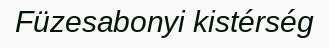
Füzesabonyi kistérség